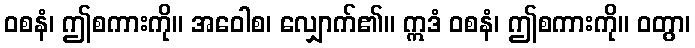
ဝစနံ၊ ဤစကားကို။ အဝေါစ၊ လျှောက်၏။ ဣဒံ ဝစနံ၊ ဤစကားကို။ ဝတွာ၊